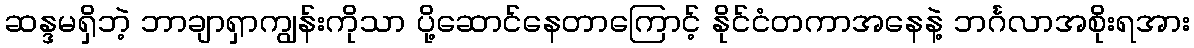
ဆန္ဒမရှိဘဲ့ ဘာချာရှာကျွန်းကိုသာ ပို့ဆောင်နေတာကြောင့် နိုင်ငံတကာအနေနဲ့ ဘင်္ဂလာအစိုးရအား